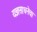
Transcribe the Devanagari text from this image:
यज्ञसाधनेचा